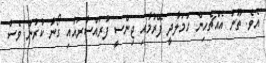
އެވެ. ތޫނު އެއްޗެހިން ހަމަލާދީ ފޭރުމާއި ޖިންސީ ފުރައްސާރައާއި ގޯނާ ކުރުން ވެސް